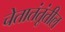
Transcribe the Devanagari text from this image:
चेतातंतूंतील